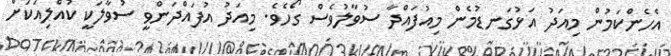
އެހެންކަމުން މިއަދު އަޅުގަނޑުމެން މިއުފައްދާ ސުވާލުވެސް ގޯހެވެ. މިއަދު އުފަައްދަންވީ ސުވާލަކީ ކުއްލިއަކަށް